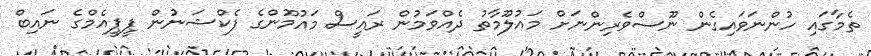
ތެމާގައި ހުންނަވައިގެން ނޫސްވެެރިންނަަށް މައުލޫމާތު ދެއްވަމުން ރައީސް މައުމޫންގެ ފެކްޝަނުން ޕީޕީއެމްގެ ނައިބް